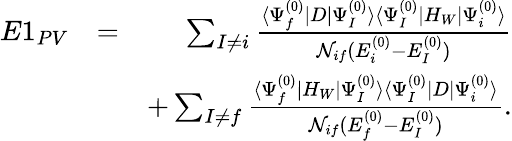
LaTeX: \begin{array}{rlr}{E1_{PV}}&{=}&{\sum_{I\ne i}\frac{\langle\Psi_{f}^{(0)}|D|\Psi_{I}^{(0)}\rangle\langle\Psi_{I}^{(0)}|H_{W}|\Psi_{i}^{(0)}\rangle}{{\cal N}_{if}(E_{i}^{(0)}-E_{I}^{(0)})}}\\ &{}&{+\sum_{I\ne f}\frac{\langle\Psi_{f}^{(0)}|H_{W}|\Psi_{I}^{(0)}\rangle\langle\Psi_{I}^{(0)}|D|\Psi_{i}^{(0)}\rangle}{{\cal N}_{if}(E_{f}^{(0)}-E_{I}^{(0)})}.}\end{array}